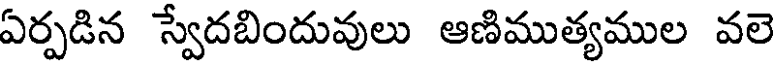
ఏర్పడిన స్వేదబిందువులు ఆణిముత్యముల వలె